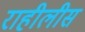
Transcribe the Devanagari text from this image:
राहीलीस